Report on vaccination North-West Frontier Province 1904-1922 - 1904-1922
Year: 1904
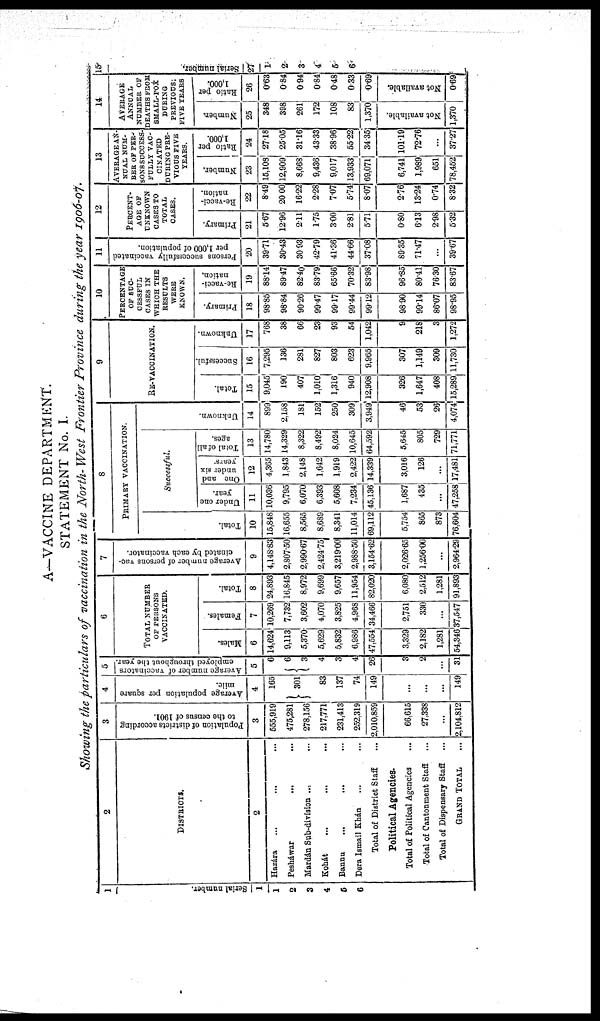
A—VACCINE DEPARTMENT.
STATEMENT No. I.
Showing the particulars of vaccination in the North-West Frontier Province during the year 1906-07.
1
Serial number.
1
1
2
3
4
5
6
2
DISTRICTS.
2
Hazára
...
...
...
Pesháwar
... ...
Mardán Sub-division ... ...
Kohát ... ... ...
Bannu ... ... ...
Dera Ismail Khán ... ...
Total of District Staff ...
Political Agencies.
Total of Political Agencies ...
Total of Cantonment Staff ...
Total of Dispensary Staff ...
GRAND TOTAL ...
3
Population of districts according
to the census of 1901.
3
555,919
475,281
278,156
217,771
231,413
252,319
2,010,859
66,615
27,338
...
2,104,812
4
Average population per square
mile.
4
165
301
83
137
74
149
...
...
...
149
5
Average number of vaccinators
employed throughout the year.
5
6
6
3
4
3
4
26
3
2
...
31
6
TOTAL NUMBER
OF PERSONS
VACCINATED.
Males.
6
14,624
9,113
5,370
5,629
5,832
6,986
47,554
3,329
2,182
1,281
54,346
Females.
7
10,269
7,732
3,602
4,070
3,825
4,968
34,466
2,751
330
...
37,547
Total.
8
24,893
16,845
8,972
9,699
9,657
11,954
82,020
6,080
2,512
1,281
91,893
7
Average number of persons vac-
cinated
by each vaccinator.
9
4,148.83
2,807.50
2,990.67
2,424.75
3,219.00
2,988.50
3,154.62
2,026.65
1,256.00
...
2,964.29
8
PRIMARY VACCINATION.
Total.
10
15,848
16,655
8,565
8,689
8,341
11,014
69,112
5,754
865
873
76,604
Successful.
Under one
year.
11
10,036
9,795
6,070
6,393
5,608
7,234
45,136
1,687
435
...
47,258
One and
under six
years.
12
4,365
1,843
2,148
1,642
1,919
2,422
14,339
3,016
126
...
17,481
Total of all
ages.
13
14,780
14,329
8,322
8,492
8,024
10,645
64,592
5,645
805
729
71,771
Unknown.
14
899
2,158
181
152
250
309
3,949
46
53
26
4,074
9
RE-VACCINATION.
Total.
15
9,045
190
407
1,010
1,316
940
12,908
326
1,647
408
15,289
Successful.
16
7,295
136
281
827
803
623
9,965
307
1,149
309
11,730
Unknown.
17
768
38
66
23
93
54
1,042
9
218
3
1,272
10
PERCENTAGE
OF SUC-
CESSFUL
CASES IN
WHICH THE
RESULTS
WERE
KNOWN.
Primary.
18
98.85
98.84
90.26
99.47
99.17
99.44
99.12
98.90
99.14
86.07
98.95
Re-vacci-
nation.
19
88.14
89.47
82.40
83.79
65.66
70.32
83.98
96.85
80.41
76.30
83.67
11
Persons successfully vaccinated
per 1,000 of population.
20
39.71
30.43
30.93
42.79
41.36
44.66
37.08
89.35
71.47
...
39.67
12
PERCENT-
AGE OF
UNKNOWN
CASES TO
TOTAL
CASES.
Primary.
21
5.67
12.96
2.11
1.75
3.00
2.81
5.71
0.80
6.13
2.98
5.32
Re-vacci-
nation.
22
8.49
20.00
16.22
2.28
7.07
5.74
8.07
2.76
13.24
0.74
8.32
13
AVERAGE AN-
NUAL NUM-
BER OF PER-
SONS SUCCESS-
FULLY VAC-
CINATED
DURING PRE-
VIOUS FIVE
YEARS.
Number,
23
15,108
12,909
8,668
9,436
9,017
13,933
69,071
6,741
1,989
651
78,452
Ratio per
1,000.
24
27.18
25.05
31.16
43.33
38.96
55.22
34.35
101.19
72.76
...
37.27
14
AVERAGE
ANNUAL
NUMBER OF
DEATHS FROM
SMALL-POX
DURING
PREVIOUS
FIVE YEARS
Number.
25
348
398
261
172
108
83
1,370
Not available.
1,370
Ratio per
1,000.
26
0.63
0.84
0.94
0.84
0.48
0.33
0.69
Not available.
0.69
15
Serial number.
27
1
2
3
4
5
6